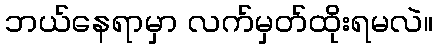
ဘယ်နေရာမှာ လက်မှတ်ထိုးရမလဲ။